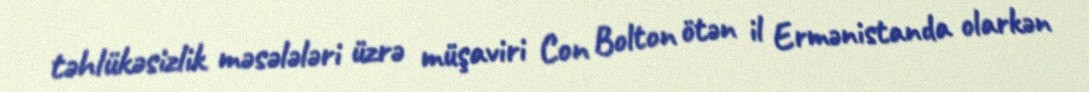
təhlükəsizlik məsələləri üzrə müşaviri Con Bolton ötən il Ermənistanda olarkən